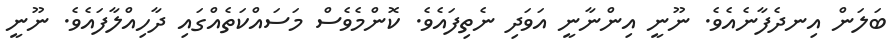
ބަލަން އިނދެފާނެއެވެ. ނޫނީ އިންނާނީ އަވަދި ނެތިފައެވެ. ކޮންމެވެސް މަސައްކަތެއްގައި ދާހިއްލާފައެވެ. ނޫނީ